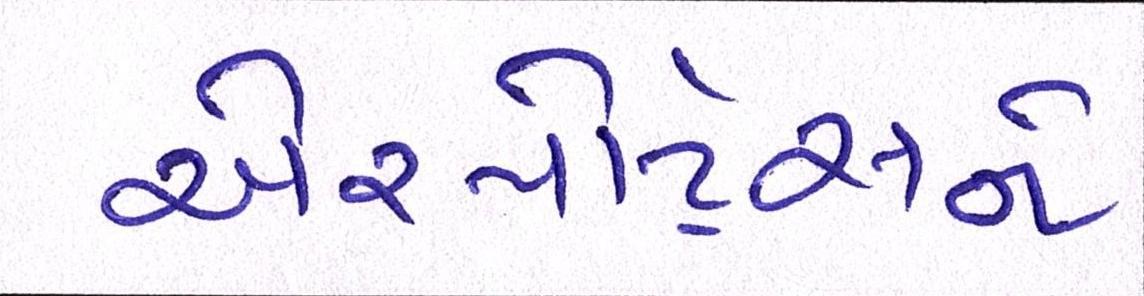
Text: એરપોર્ટ્સને